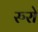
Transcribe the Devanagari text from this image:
रुरो